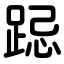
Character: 跽